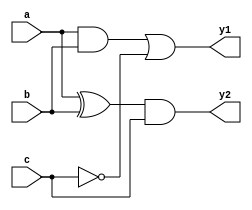
module combinational_logic (
    input wire a,        // Input signal a
    input wire b,        // Input signal b
    input wire c,        // Input signal c
    output reg y1,       // Output signal y1
    output reg y2        // Output signal y2
);

always @ (a, b, c) begin
    // Immediate assignment for the outputs based on the inputs
    y1 = (a & b) | (~c); // y1 is true if (a AND b) OR (NOT c)
    y2 = (a ^ b) & c;    // y2 is true if (a XOR b) AND c
end

endmodule